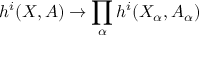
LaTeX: { } \quad h ^ { i } ( X , A ) \to \prod _ { \alpha } h ^ { i } ( X _ { \alpha } , A _ { \alpha } )